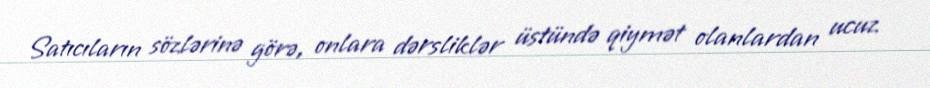
Satıcıların sözlərinə görə, onlara dərsliklər üstündə qiymət olanlardan ucuz